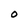
Character: O